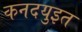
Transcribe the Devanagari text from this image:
कनदयुइत